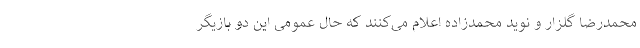
محمدرضا گلزار و نوید محمدزاده اعلام می‌کنند که حال عمومی این دو بازیگر